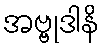
အဗ္ဗုဒါနိ